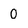
Character: O